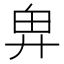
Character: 𢍉